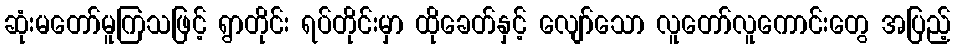
ဆုံးမတော်မူကြသဖြင့် ရွာတိုင်း ရပ်တိုင်းမှာ ထိုခေတ်နှင့် လျော်သော လူတော်လူကောင်းတွေ အပြည့်